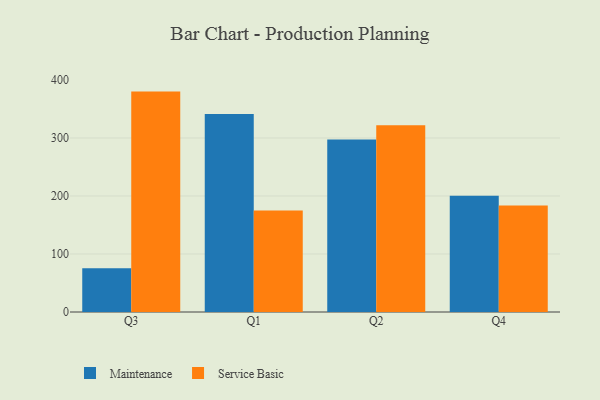
{"axis": {"x": "Quarter", "y": "Temperature (°C)"}, "legend": ["Maintenance", "Service Basic"], "data": [{"x": "Q3", "y": 75.6, "type": "Maintenance"}, {"x": "Q3", "y": 380.0, "type": "Service Basic"}, {"x": "Q1", "y": 341.2, "type": "Maintenance"}, {"x": "Q1", "y": 175.0, "type": "Service Basic"}, {"x": "Q2", "y": 297.5, "type": "Maintenance"}, {"x": "Q2", "y": 322.0, "type": "Service Basic"}, {"x": "Q4", "y": 200.3, "type": "Maintenance"}, {"x": "Q4", "y": 183.8, "type": "Service Basic"}]}